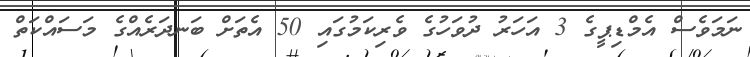
ނަމަވެސް އެމްޑިޕީގެ 3 އަހަރު ދުވަހުގެ ވެރިކަމުގައި 50 އެތަށް ބަނދަރެއްގެ މަސައްކަތް